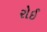
રોઈ